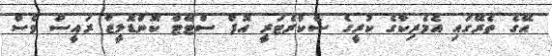
އޭގެ ތެރޭގައި އެމެރިކާގެ ކުރީގެ ސެކްރެޓަރީ އޮފް ސްޓޭޓް ކޮންޑޮލީޒާ ރައީސް ވެސް